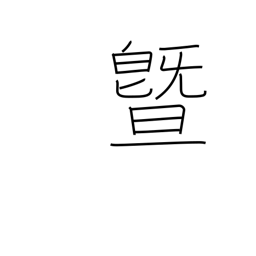
Meaning: and